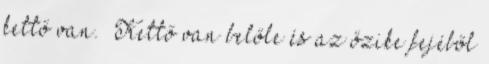
kettő van. „Kettő van belőle és az őzike fejéből